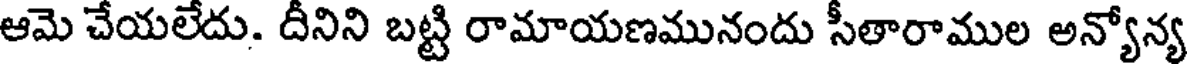
ఆమె చేయలేదు. దీనిని బట్టి రామాయణమునందు సీతారాముల అన్యోన్య